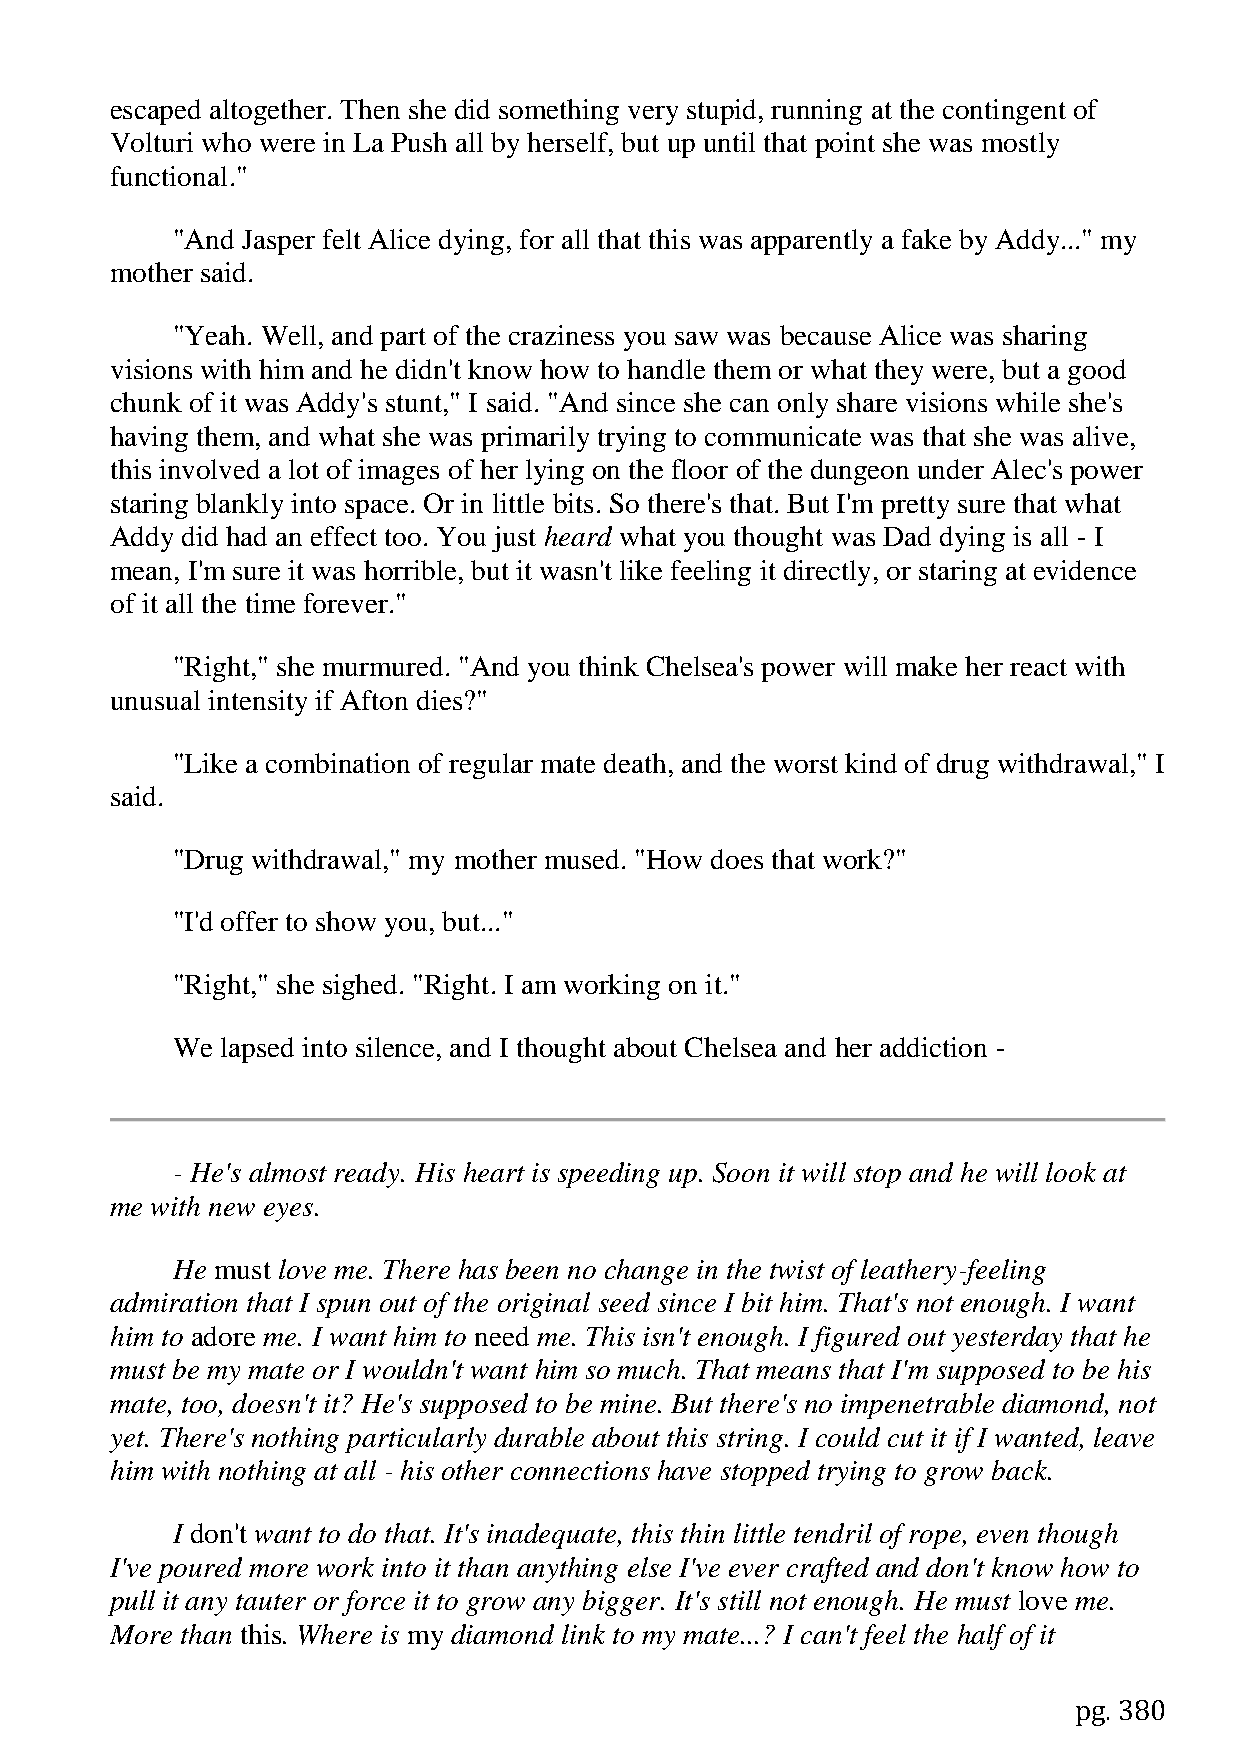
escaped altogether. Then she did something very stupid, running at the contingent of
 Volturi who were in La Push all by herself, but up until that point she was mostly
 functional."
 "And Jasper felt Alice dying, for all that this was apparently a fake by Addy..." my
 mother said.
 "Yeah. Well, and part of the craziness you saw was because Alice was sharing
 visions with him and he didn't know how to handle them or what they were, but a good
 chunk of it was Addy's stunt," I said. "And since she can only share visions while she's
 having them, and what she was primarily trying to communicate was that she was alive,
 this involved a lot of images of her lying on the floor of the dungeon under Alec's power
 staring blankly into space. Or in little bits. So there's that. But I'm pretty sure that what
 Addy did had an effect too. You just heard what you thought was Dad dying is all - I
 mean, I'm sure it was horrible, but it wasn't like feeling it directly, or staring at evidence
 of it all the time forever."
 "Right," she murmured. "And you think Chelsea's power will make her react with
 unusual intensity if Afton dies?"
 "Like a combination of regular mate death, and the worst kind of drug withdrawal," I
 said.
 "Drug withdrawal," my mother mused. "How does that work?"
 "I'd offer to show you, but..."
 "Right," she sighed. "Right. I am working on it."
 We  lapsed into silence, and I thought about Chelsea and her addiction -
 - He's almost ready. His heart is speeding up. Soon it will stop and he will look at
 me with new eyes.
 He must love me. There has been no change in the twist of leathery-feeling
 admiration that I spun out of the original seed since I bit him. That's not enough. I want
 him to adore me. I want him to need me. This isn't enough. I figured out yesterday that he
 must be my mate or I wouldn't want him so much. That means that I'm supposed to be his
 mate, too, doesn't it? He's supposed to be mine. But there's no impenetrable diamond, not
 yet. There's nothing particularly durable about this string. I could cut it if I wanted, leave
 him with nothing at all - his other connections have stopped trying to grow back.
 I don't want to do that. It's inadequate, this thin little tendril of rope, even though
 I've poured more work into it than anything else I've ever crafted and don't know how to
 pull it any tauter or force it to grow any bigger. It's still not enough. He must love me.
 More than this. Where is my diamond link to my mate...? I can't feel the half of it
 pg. 380